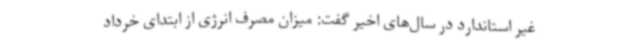
غیر استاندارد در سال‌های اخیر گفت: میزان مصرف انرژی از ابتدای خرداد